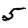
Digit: 5